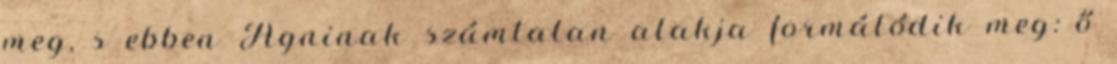
meg, s ebben Agninak számtalan alakja formálódik meg: ő